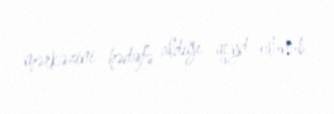
mərkəzini hədəfə aldığı qeyd olunub.